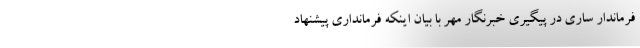
فرماندار ساری در پیگیری خبرنگار مهر با بیان اینکه فرمانداری پیشنهاد